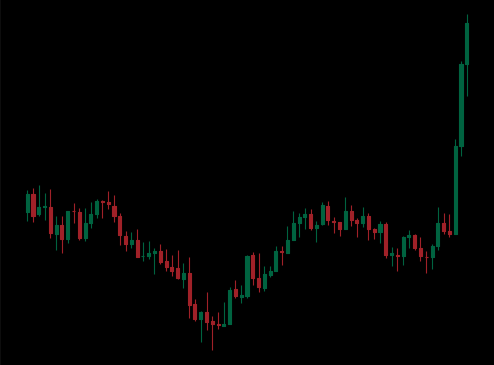
Pattern: inverse_head_shoulders